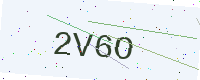
Text: 2V6O